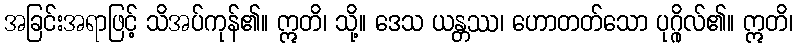
အခြင်းအရာဖြင့် သိအပ်ကုန်၏။ ဣတိ၊ သို့။ ဒေသ ယန္တဿ၊ ဟောတတ်သော ပုဂ္ဂိုလ်၏။ ဣတိ၊